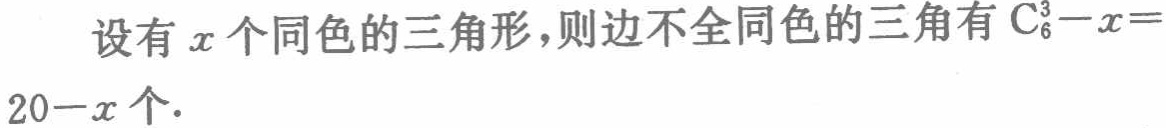
设有\(x\)个同色的三角形，则边不全同色的三角有\(\mathrm{C}_{6}^{3}-x = 20 - x\)个.